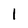
Character: l